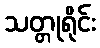
သတ္တုရိုင်း